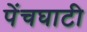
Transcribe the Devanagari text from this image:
पेंचघाटी